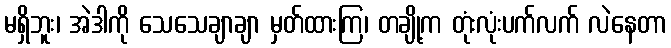
မရှိဘူး၊ အဲဒါကို သေသေချာချာ မှတ်ထားကြ၊ တချို့က တုံးလုံးပက်လက် လဲနေတာ